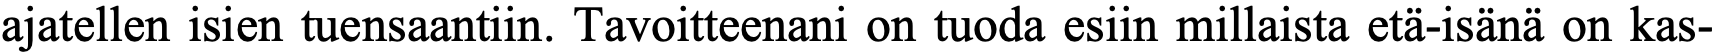
ajatellen isien tuensaantiin. Tavoitteenani on tuoda esiin millaista etä-isänä on kas-